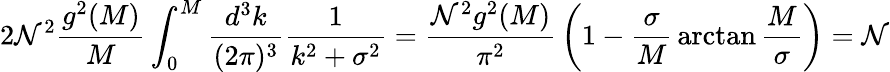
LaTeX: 2\mathcal{N}^{2}{\frac{{g^{2}(M)}}{{M}}}\int_{0}^{M}{\frac{{d^{3}k}}{{(2\pi)^{3}}}}{\frac{{1}}{{k^{2}+\sigma^{2}}}}={\frac{{\mathcal{N}^{2}g^{2}(M)}}{{\pi^{2}}}}\left(1-{\frac{{\sigma}}{{M}}}\arctan{\frac{{M}}{{\sigma}}}\right)=\mathcal{N}